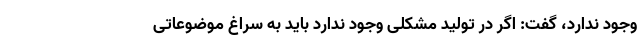
وجود ندارد، گفت: اگر در تولید مشکلی وجود ندارد باید به سراغ موضوعاتی